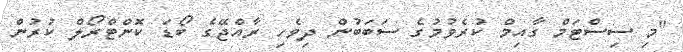
"މި ސިސްޓަމް ގާއިމް ކުރެވުމުގެ ސަބަބުން ދިވެހި ރާއްޖޭގެ ބޯޑަ ކޮންޓްރޯލް ކުރުން